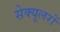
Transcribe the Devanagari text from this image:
सेक्यूलरों